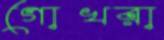
গোখরা